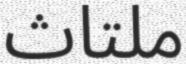
ملتاث